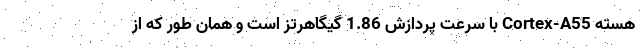
هسته Cortex-A55 با سرعت پردازش 1.86 گیگاهرتز است و همان طور که از